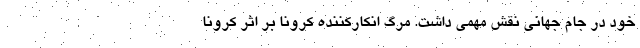
خود در جام جهانی نقش مهمی داشت. مرگ انکارکننده کرونا بر اثر کرونا